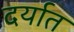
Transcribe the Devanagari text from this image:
दर्यात